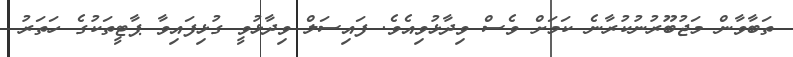
ތަބާވާން މަޖުބޫރުނުކުރާނެ ކަމަށް ވެސް ވިދާޅުވިއެވެ. ފައިސަލް ވިދާޅުވީ ގުޅިފައިވާ ޕާޓީތަކުގެ ހަތަރު